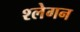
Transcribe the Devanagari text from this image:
श्लेगन